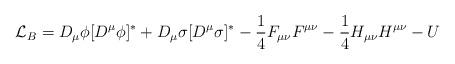
LaTeX: \begin{align*}{\cal L}_B = D_{\mu}\phi [D^{\mu} \phi]^* + D_{\mu}\sigma[D^{\mu} \sigma]^* -\frac{1}{4}F_{\mu\nu}F^{\mu\nu} - \frac{1}{4}H_{\mu\nu} H^{\mu\nu} -U \end{align*}